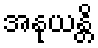
အနုယန္တိ